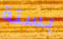
بستة